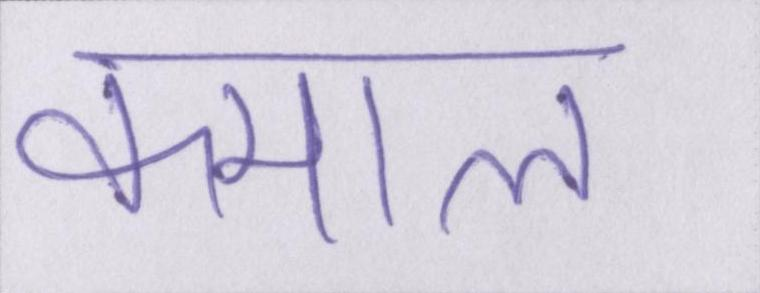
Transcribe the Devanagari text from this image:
कमाल